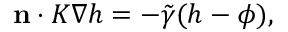
\begin{array} { r } { \mathbf { n } \cdot K \nabla h = - \tilde { \gamma } ( { h } - \phi ) , } \end{array}